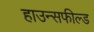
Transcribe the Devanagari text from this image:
हाउन्सफील्ड